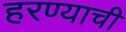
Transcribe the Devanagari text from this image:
हरण्याची